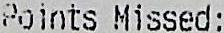
POINTS MISSED: